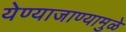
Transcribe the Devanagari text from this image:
येण्याजाण्यामुळे